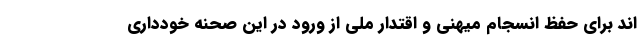
اند برای حفظ انسجام میهنی و اقتدار ملی از ورود در این صحنه خودداری